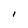
Character: I